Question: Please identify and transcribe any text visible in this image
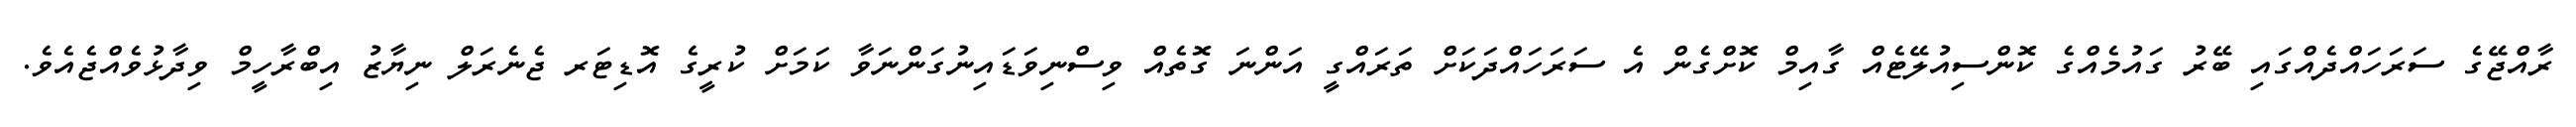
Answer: ރާއްޖޭގެ ސަރަހައްދެއްގައި ބޭރު ގައުމެއްގެ ކޮންސިއުލޭޓެއް ގާއިމް ކޮށްގެން އެ ސަރަހައްދަކަށް ތަރައްގީ އަންނަ ގޮތެއް ވިސްނިވަޑައިނުގަންނަވާ ކަމަށް ކުރީގެ އޮޑިޓަރ ޖެނެރަލް ނިޔާޒު އިބްރާހީމް ވިދާޅުވެއްޖެއެވެ.